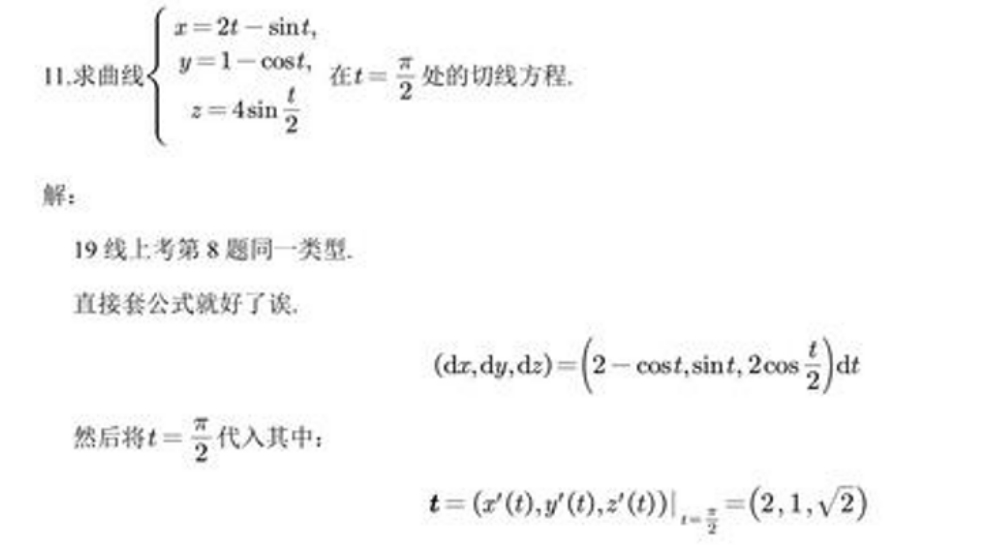
11.求曲线\(\begin{cases}
x = 2t-\sin t,\\
y = 1-\cos t,\\
z = 4\sin\frac{t}{2}
\end{cases}\)在\(t = \frac{\pi}{2}\)处的切线方程.

解：

19线上考第8题同一类型.
直接套公式就好了诶.

\((\mathrm{d}x,\mathrm{d}y,\mathrm{d}z)=\left(2 - \cos t,\sin t,2\cos\frac{t}{2}\right)\mathrm{d}t\)

然后将\(t = \frac{\pi}{2}\)代入其中：

\(\boldsymbol{t}=(x^{\prime}(t),y^{\prime}(t),z^{\prime}(t))\big|_{t = \frac{\pi}{2}}=(2,1,\sqrt{2})\)